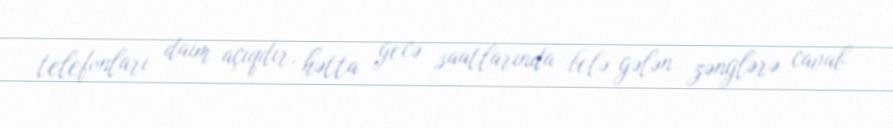
telefonları daim açıqdır, hətta gecə saatlarında belə gələn zənglərə cavab